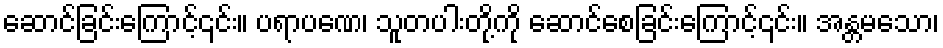
ဆောင်ခြင်းကြောင့်၎င်း။ ပရာပဏေ၊ သူတပါးတို့ကို ဆောင်စေခြင်းကြောင့်၎င်း။ အန္တမသော၊